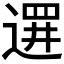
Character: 𲅦